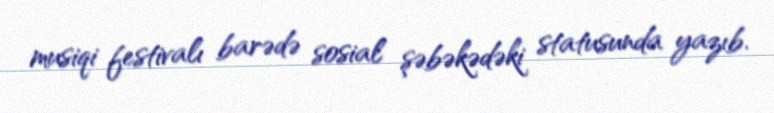
musiqi festivalı barədə sosial şəbəkədəki statusunda yazıb.